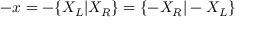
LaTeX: - x = - \{ X _ { L } | X _ { R } \} = \{ - X _ { R } | - X _ { L } \}